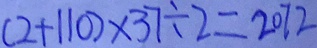
( 2 + 1 1 0 ) \times 3 7 \div 2 = 2 0 7 2